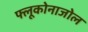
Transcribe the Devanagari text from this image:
फ्लूकोनाजोल